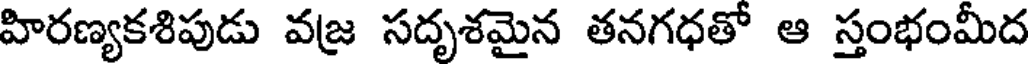
హిరణ్యకశిపుడు వజ్ర సదృశమైన తనగధతో ఆ స్తంభంమీద